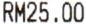
RM25.00